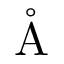
\mathring \mathrm { A }